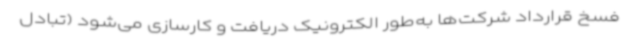
فسخ قرارداد شرکت‌ها به‌طور الکترونیک دریافت و کارسازی می‌شود (تبادل